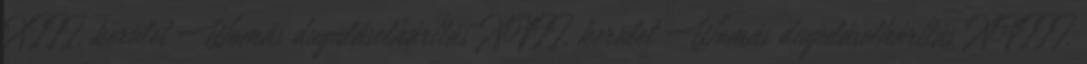
XIII. kerület Womás duguláselhárítás XVII. kerület Womás duguláselhárítás XVIII.